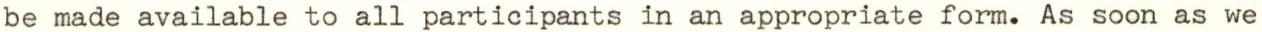
be made available to all participants in an appropriate form. As soon as we